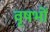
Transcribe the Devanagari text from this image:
वृषभों